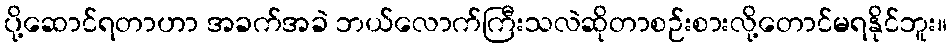
ပို့ဆောင်ရတာဟာ အခက်အခဲ ဘယ်လောက်ကြီးသလဲဆိုတာစဉ်းစားလို့တောင်မရနိုင်ဘူး။